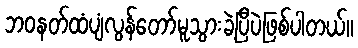
ဘဝနတ်ထံပျံလွန်တော်မူသွားခဲ့ပြီပဲဖြစ်ပါတယ်။